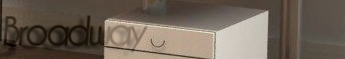
Broadway